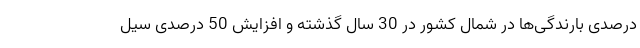
درصدی بارندگی‌ها در شمال کشور در 30 سال گذشته و افزایش 50 درصدی سیل